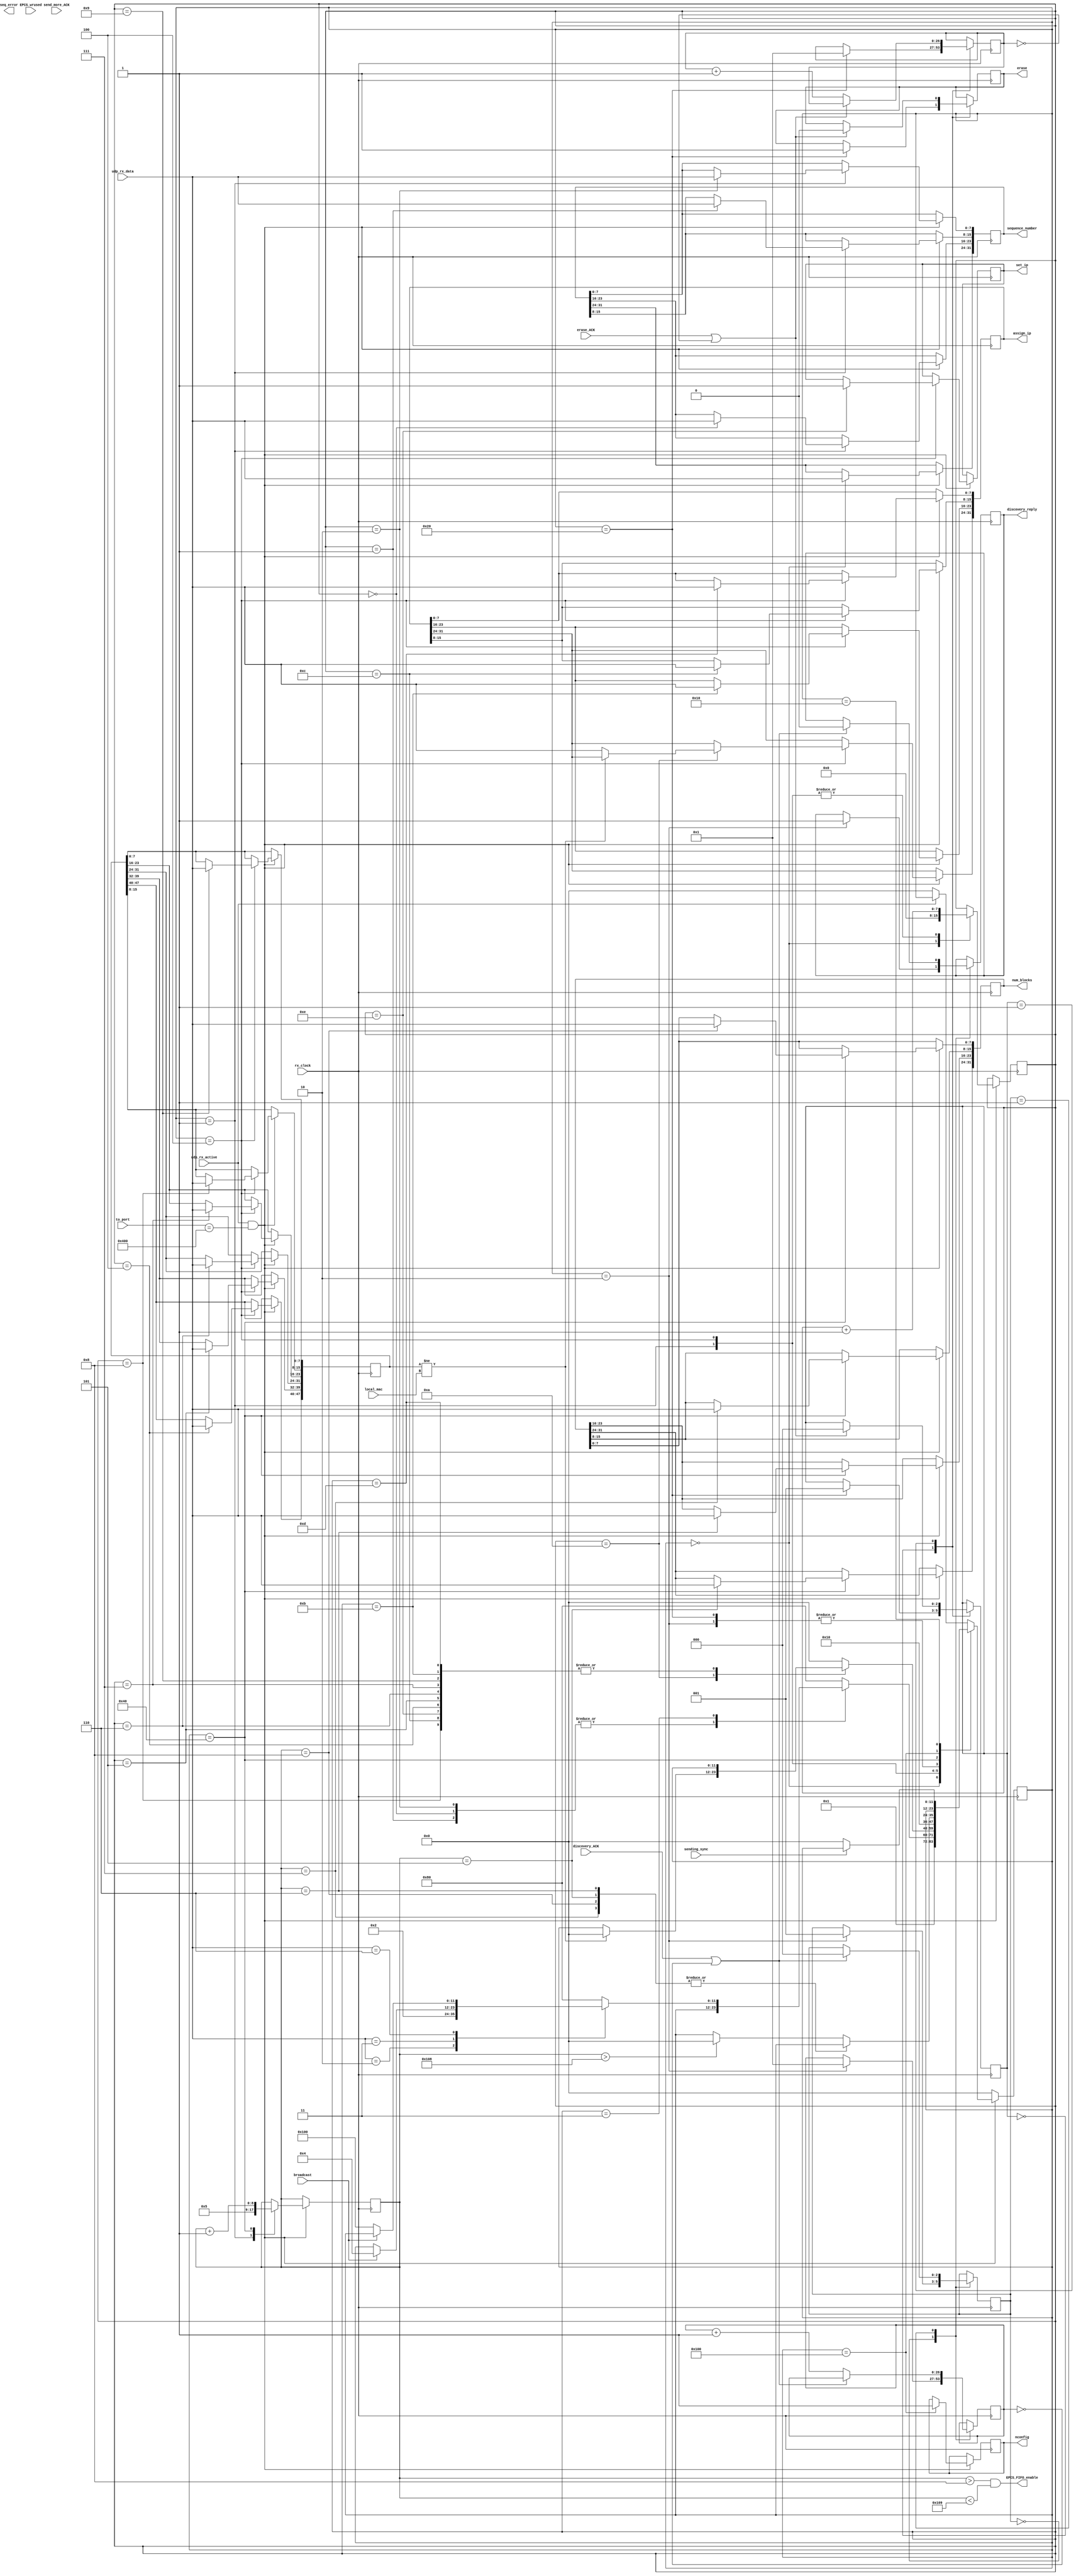
//-----------------------------------------------------------------------------
//                          sdr receive
//-----------------------------------------------------------------------------

//
//  HPSDR - High Performance Software Defined Radio
//
//  Metis code. 
//
//  This program is free software; you can redistribute it and/or modify
//  it under the terms of the GNU General Public License as published by
//  the Free Software Foundation; either version 2 of the License, or
//  (at your option) any later version.
//
//  This program is distributed in the hope that it will be useful,
//  but WITHOUT ANY WARRANTY; without even the implied warranty of
//  MERCHANTABILITY or FITNESS FOR A PARTICULAR PURPOSE.  See the
//  GNU General Public License for more details.
//
//  You should have received a copy of the GNU General Public License
//  along with this program; if not, write to the Free Software
//  Foundation, Inc., 59 Temple Place, Suite 330, Boston, MA  02111-1307  USA


//  Metis code copyright 2010, 2011, 2012, 2013 Phil Harman VK6APH


module sdr_receive(
	// inputs
	input rx_clock,
	input [7:0] udp_rx_data,
	input udp_rx_active,
	input sending_sync,
	input broadcast,
	input erase_ACK,
	input send_more_ACK,					// set when sdr_send has seen send_more request
	input discovery_ACK,					// set when sdr_send has seen discovery_reply request
	input [9:0] EPCS_wrused,
	input [47:0] local_mac,
	input [15:0] to_port,

	// outputs
	output reg discovery_reply,
	output reg seq_error,
	output reg erase,					   	// set when we receive an EPCS16 erase command from PC 
	output reg [31:0]num_blocks,			// holds number of blocks of 256 bytes that we will save in the EPCS16
	output EPCS_FIFO_enable,				// set when we write to the EPCS fifo
	output reg set_ip,						// set when new static IP address available 
	output reg [31:0] assign_ip,			// static IP address to save in EEPROM.
	output reg [31:0] sequence_number,  // sequence number from PC when programming.
	output reg nconfig						// permit to reset the FPGA from remote
);


reg [11:0] state;
reg [31:0] PC_sequence_number;		// sequence number from PC
reg [31:0] temp_PC_sequence_number;
reg [31:0] prev_seq_number;
reg [8:0]  EPCS_data_count;     		// counts how many bytes we send to the EPCS_Rx_fifo
reg [8:0]  byte_cnt;						// counts bytes sent to EPCS fifo 
reg [7:0]  byte_no;
reg [47:0] mac;

localparam 
	ST_IDLE			 = 12'd0,			// use 'one-hot' for state machine
	ST_COMMAND		 = 12'd1,
	ST_DISCOVERY	 = 12'd2,
	ST_SETIP			 = 12'd4,
	ST_PROGRAM		 = 12'd8,
	ST_TX				 = 12'd16,
	ST_ERASE        = 12'd32,
	ST_PROGRAM_FIFO = 12'd64,
	ST_WAIT			 = 12'd128,
	ST_RESET        = 12'd256;


// ****** NOTE: This state machine only runs when udp_rx_active ******	
	
always @(posedge rx_clock)
begin
  if (udp_rx_active && to_port == 1024) begin	// look for HPSDR udp packet to port 1024
    case (state)
	 
		ST_IDLE:	
			begin
			byte_no <= 8'd0;
			sequence_number[31:24] <=  udp_rx_data;  //save MSB of sequence number 
			state <= ST_COMMAND;
			end 
			
		ST_COMMAND:
			begin
			byte_cnt <= 9'd5;
				case (byte_no) 	//save balance of sequence number
						0: sequence_number[23:16]  <= udp_rx_data;
						1: sequence_number[15:8]   <= udp_rx_data; 
						2: sequence_number[7:0]    <= udp_rx_data;
						3: begin 
								case (udp_rx_data)				// get command 
									2: state <= ST_DISCOVERY;								// allow Discovery to this address or broadcast 
									3: if (broadcast)  state <= ST_SETIP; 
									// disable to avoid issues with slot. You can program the radio only from the bootloader
									//4: if (!broadcast) state <= ST_ERASE;
									//5: if (!broadcast) state <= ST_PROGRAM_FIFO;
									6: if (!broadcast) state <= ST_RESET;           // reset the FPGA; useful to enter into the bootloader
									default: state <= ST_WAIT;								// command not for us so wait for this to end
								endcase
							end

					default: state <= ST_WAIT;  // command not for us so wait for this to end
				endcase
				byte_no <= byte_no + 8'd1;  // byte_no will be 4 when we leave this state
			end
				

		ST_DISCOVERY:  state <= ST_TX;   
																			 
		ST_SETIP: 
			begin
				case(byte_no)
							 4: mac[47:40] <= udp_rx_data;
							 5: mac[39:32] <= udp_rx_data;							 
							 6: mac[31:24] <= udp_rx_data;
							 7: mac[23:16] <= udp_rx_data;
							 8: mac[15:8]  <= udp_rx_data;
							 9: mac[7:0]   <= udp_rx_data;

							10: begin 
									if (mac != local_mac) state <= ST_IDLE;   // not for this MAC so return
									else 	assign_ip[31:24] <= udp_rx_data;
								 end
							11: assign_ip[23:16] <= udp_rx_data;
							12: assign_ip[15:8]  <= udp_rx_data; 
					      13: assign_ip[7:0]   <= udp_rx_data; 

							14: set_ip <= 1'b1;										// indicate new ip address available
						   40: state <= ST_IDLE;									// leave set_ip active since read on very slow clock 
																							// and FPGA is reset once new IP address is set
					  default: state <= ST_IDLE;
					endcase
				byte_no <= byte_no + 8'd1;
			end 
		
		ST_ERASE: state <= ST_TX; 
			
		ST_PROGRAM_FIFO:
			begin 
				case (byte_cnt)														// can't use byte_no since byte_cnt enables the FIFO
							5: num_blocks[31:24] <= udp_rx_data;
							6: num_blocks[23:16] <= udp_rx_data;
							7: num_blocks[15:8]  <= udp_rx_data;						
							8: num_blocks[7:0]   <= udp_rx_data;	

					default: if(byte_cnt > 264) state <= ST_IDLE;
			   endcase 		  
				byte_cnt <= byte_cnt + 9'd1;
			end

		ST_RESET: nconfig <= 1'b1;													// reset the FPGA immediatelty

		// wait for the end of sending
		ST_TX:  if (!sending_sync) state <= ST_IDLE;
		
		ST_WAIT: if (!udp_rx_active) state <= ST_IDLE;						// command not for us so loop until it ends.

		default: if (!udp_rx_active) state <= ST_IDLE;
		
	  endcase	
	end
	  
	else state <= ST_IDLE;  // rx not active
	
end 

//	assign discovery_reply = (state == ST_DISCOVERY);
   assign EPCS_FIFO_enable = (byte_cnt > 8 && byte_cnt < 265);   // enable 256 bytes to EPCS fifo
	

// Code to erase EPCS fifo. Needs separate state machine since above code only runs when udp_rx_active	
reg [2:0] EPCS_state;	
reg [26:0]delay;
always @ (posedge  rx_clock)  
begin
	case (EPCS_state)
	0: begin
			if (state == ST_ERASE) begin
				erase <= 1'b1;
				delay <= 27'd1;
				EPCS_state <= 	1;
			end 
		end 

	1: begin 								
			if (erase_ACK | delay == 27'd0) begin  // time out ACK so we don't get stuck here. 
				erase <= 1'b0;
				EPCS_state <= 0;
			end
			else delay <= delay + 27'd1;
		end 
	endcase
end
	
	
// wait for acknowledgement that sdr_send has seen the discovery reply request. 
// Needs separate state machine since udb Rx code only runs when udp_rx_active			
reg [2:0] DISC_state;	
reg [26:0]delay1;
always @ (posedge rx_clock)  
begin
	case (DISC_state)
	0: begin
			if (state == ST_DISCOVERY) begin
				discovery_reply <= 1'b1;
				delay1 <= 27'd1;
				DISC_state <= 	1;
			end 
		end 

	1: begin 								
			if (discovery_ACK | delay1 == 27'd0) begin  // time out ACK so we don't get stuck here. 
				discovery_reply <= 1'b0;
				DISC_state <= 0;
			end
			else delay1 <= delay1 + 27'd1;
		end 
	endcase
end	

endmodule